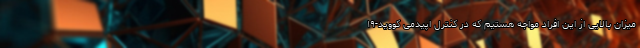
میزان بالایی از این افراد مواجه هستیم که در کنترل اپیدمی کووید-۱۹